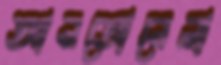
আনতোনেলা